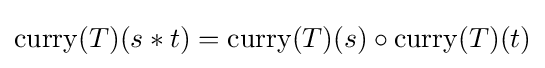
\operatorname {curry} (T)(s*t)=\operatorname {curry} (T)(s)\circ \operatorname {curry} (T)(t)